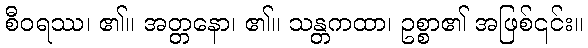
စီဝရဿ၊ ၏။ အတ္တနော၊ ၏။ သန္တကထာ၊ ဥစ္စာ၏ အဖြစ်၎င်း။